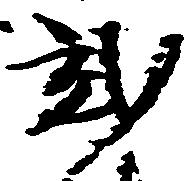
弐